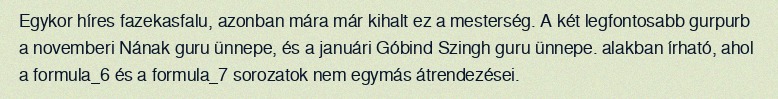
Egykor híres fazekasfalu, azonban mára már kihalt ez a mesterség. A két legfontosabb gurpurb a novemberi Nának guru ünnepe, és a januári Góbind Szingh guru ünnepe. alakban írható, ahol a formula_6 és a formula_7 sorozatok nem egymás átrendezései.